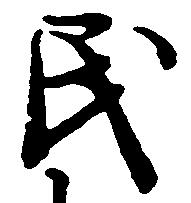
民